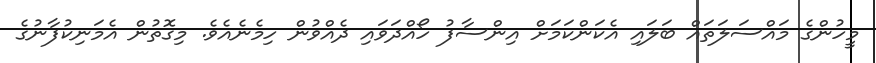
މީހުންގެ މައްސަލަތައް ބަލައި އެކަންކަމަށް އިންސާފު ހޯއްދަވައި ދެއްވުން ހިމެނެއެވެ. މިގޮތުން އެމަނިކުފާނުގެ